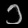
Digit: ၁